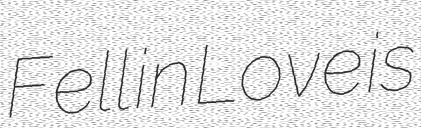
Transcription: Fell in Love is